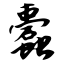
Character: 蠹